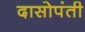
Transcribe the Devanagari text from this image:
दासोपंती